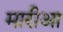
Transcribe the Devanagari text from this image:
मारीआ